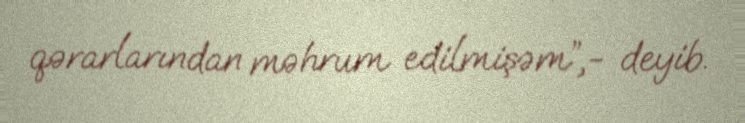
qərarlarından məhrum edilmişəm”,- deyib.